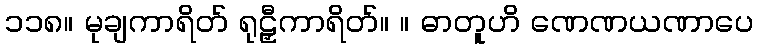
၁၁၈။ မုချကာရိတ် ရုဠှီကာရိတ်။ ။ ဓာတူဟိ ဏေဏယဏာပေ